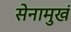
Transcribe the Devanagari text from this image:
सेनामुखं